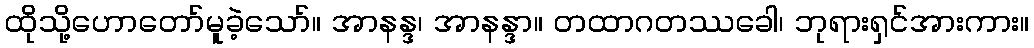
ထိုသို့ဟောတော်မူခဲ့သော်။ အာနန္ဒ၊ အာနန္ဒာ။ တထာဂတဿခေါ၊ ဘုရားရှင်အားကား။